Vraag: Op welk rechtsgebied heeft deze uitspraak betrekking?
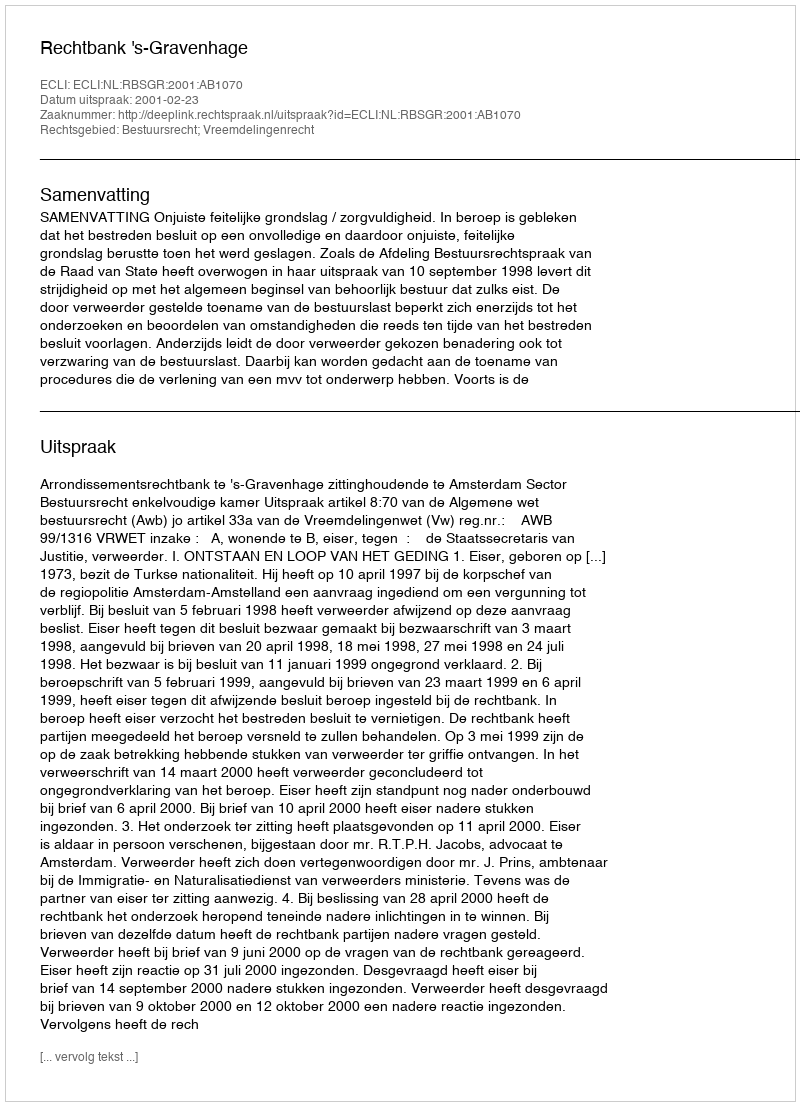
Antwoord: Bestuursrecht; Vreemdelingenrecht